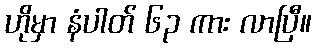
ဟိုမှာ နံပါတ် ၆၃ ကား လာပြီ။